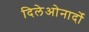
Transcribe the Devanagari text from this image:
दिलेओनार्दो